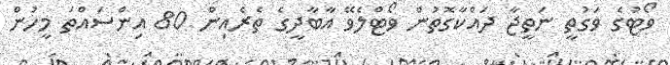
ވޯޓުގެ ވަގުތީ ނަތީޖާ ދައްކާގޮތުން ވޯޓްލެވޭ އާބާދީގެ ތެރެއިން 80 އިންސައްތަ މީހުން